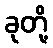
ခုတို့